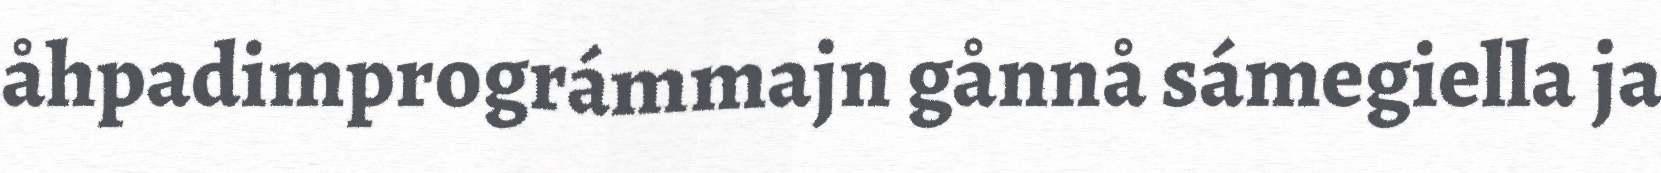
åhpadimprográmmajn gånnå sámegiella ja